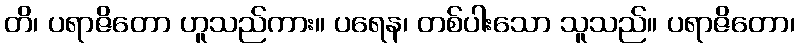
တိ၊ ပရာဇိတော ဟူသည်ကား။ ပရေန၊ တစ်ပါးသော သူသည်။ ပရာဇိတော၊